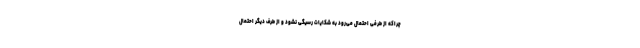
چراکه از طرفی احتمال می‌رود به شکایات رسیگی نشود و از طرف دیگر احتمال